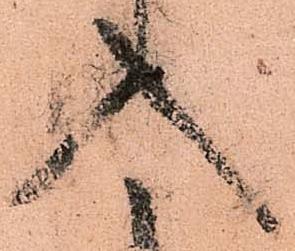
入